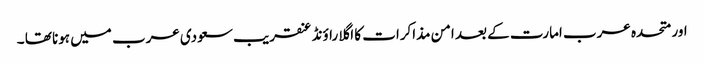
اور متحدہ عرب امارت کے بعد امن مذاکرات کا اگلا راؤنڈ عنقریب سعودی عرب میں ہونا تھا ۔